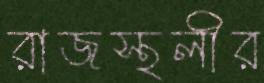
রাজস্থলীর